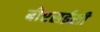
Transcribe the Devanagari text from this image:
बीएसईसी